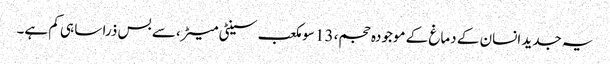
یہ جدید انسان کے دماغ کے موجودہ حجم، 13 سو مکعب سینٹی میٹر، سے بس ذرا سا ہی کم ہے۔